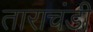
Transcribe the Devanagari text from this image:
ताराचंडी